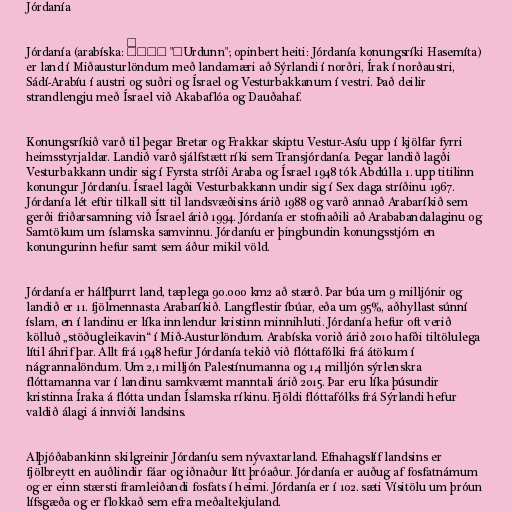
Jórdanía

Jórdanía (arabíska: أردنّ "ʼUrdunn"; opinbert heiti: Jórdanía konungsríki Hasemíta)
er land í Miðausturlöndum með landamæri að Sýrlandi í norðri, Írak í norðaustri,
Sádí-Arabíu í austri og suðri og Ísrael og Vesturbakkanum í vestri. Það deilir
strandlengju með Ísrael við Akabaflóa og Dauðahaf.

Konungsríkið varð til þegar Bretar og Frakkar skiptu Vestur-Asíu upp í kjölfar fyrri
heimsstyrjaldar. Landið varð sjálfstætt ríki sem Transjórdanía. Þegar landið lagði
Vesturbakkann undir sig í Fyrsta stríði Araba og Ísrael 1948 tók Abdúlla 1. upp titilinn
konungur Jórdaníu. Ísrael lagði Vesturbakkann undir sig í Sex daga stríðinu 1967.
Jórdanía lét eftir tilkall sitt til landsvæðisins árið 1988 og varð annað Arabaríkið sem
gerði friðarsamning við Ísrael árið 1994. Jórdanía er stofnaðili að Arababandalaginu og
Samtökum um íslamska samvinnu. Jórdaníu er þingbundin konungsstjórn en
konungurinn hefur samt sem áður mikil völd.

Jórdanía er hálfþurrt land, tæplega 90.000 km2 að stærð. Þar búa um 9 milljónir og
landið er 11. fjölmennasta Arabaríkið. Langflestir íbúar, eða um 95%, aðhyllast súnní
íslam, en í landinu er líka innlendur kristinn minnihluti. Jórdanía hefur oft verið
kölluð „stöðugleikavin“ í Mið-Austurlöndum. Arabíska vorið árið 2010 hafði tiltölulega
lítil áhrif þar. Allt frá 1948 hefur Jórdanía tekið við flóttafólki frá átökum í
nágrannalöndum. Um 2,1 milljón Palestínumanna og 1,4 milljón sýrlenskra
flóttamanna var í landinu samkvæmt manntali árið 2015. Þar eru líka þúsundir
kristinna Íraka á flótta undan Íslamska ríkinu. Fjöldi flóttafólks frá Sýrlandi hefur
valdið álagi á innviði landsins.

Alþjóðabankinn skilgreinir Jórdaníu sem nývaxtarland. Efnahagslíf landsins er
fjölbreytt en auðlindir fáar og iðnaður lítt þróaður. Jórdanía er auðug af fosfatnámum
og er einn stærsti framleiðandi fosfats í heimi. Jórdanía er í 102. sæti Vísitölu um þróun
lífsgæða og er flokkað sem efra meðaltekjuland.